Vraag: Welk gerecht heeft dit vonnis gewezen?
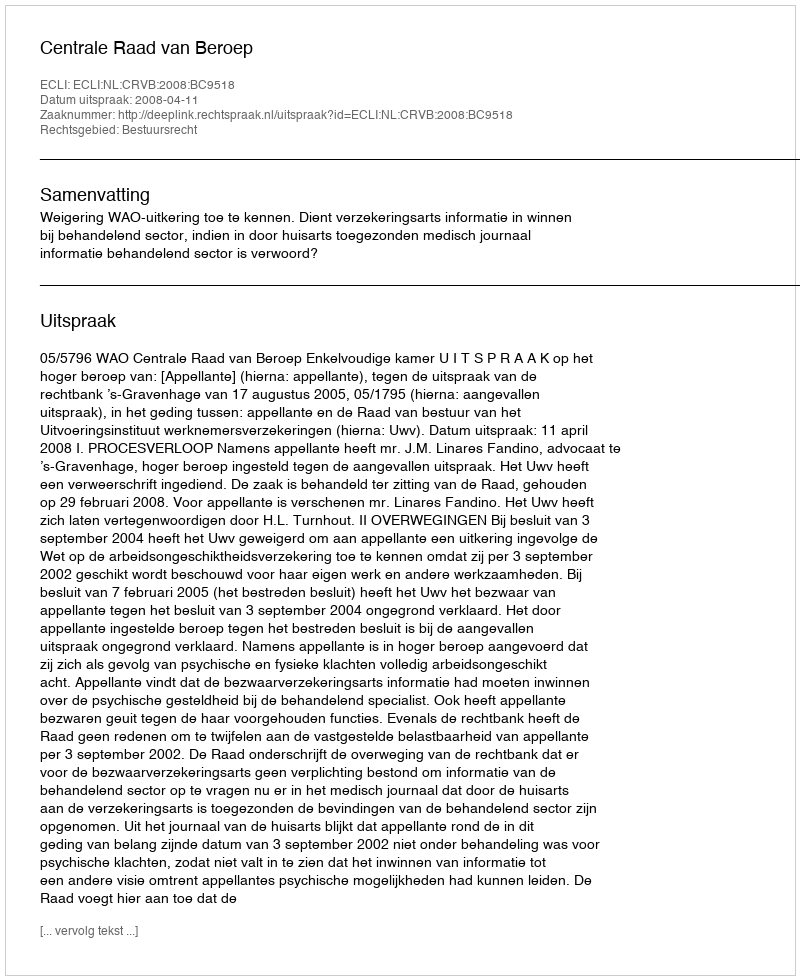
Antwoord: Centrale Raad van Beroep